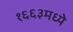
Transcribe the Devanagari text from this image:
१६६३मध्ये